38_143685_box_Incident_Summaries_101-172
Agency: Department of War
Page 80
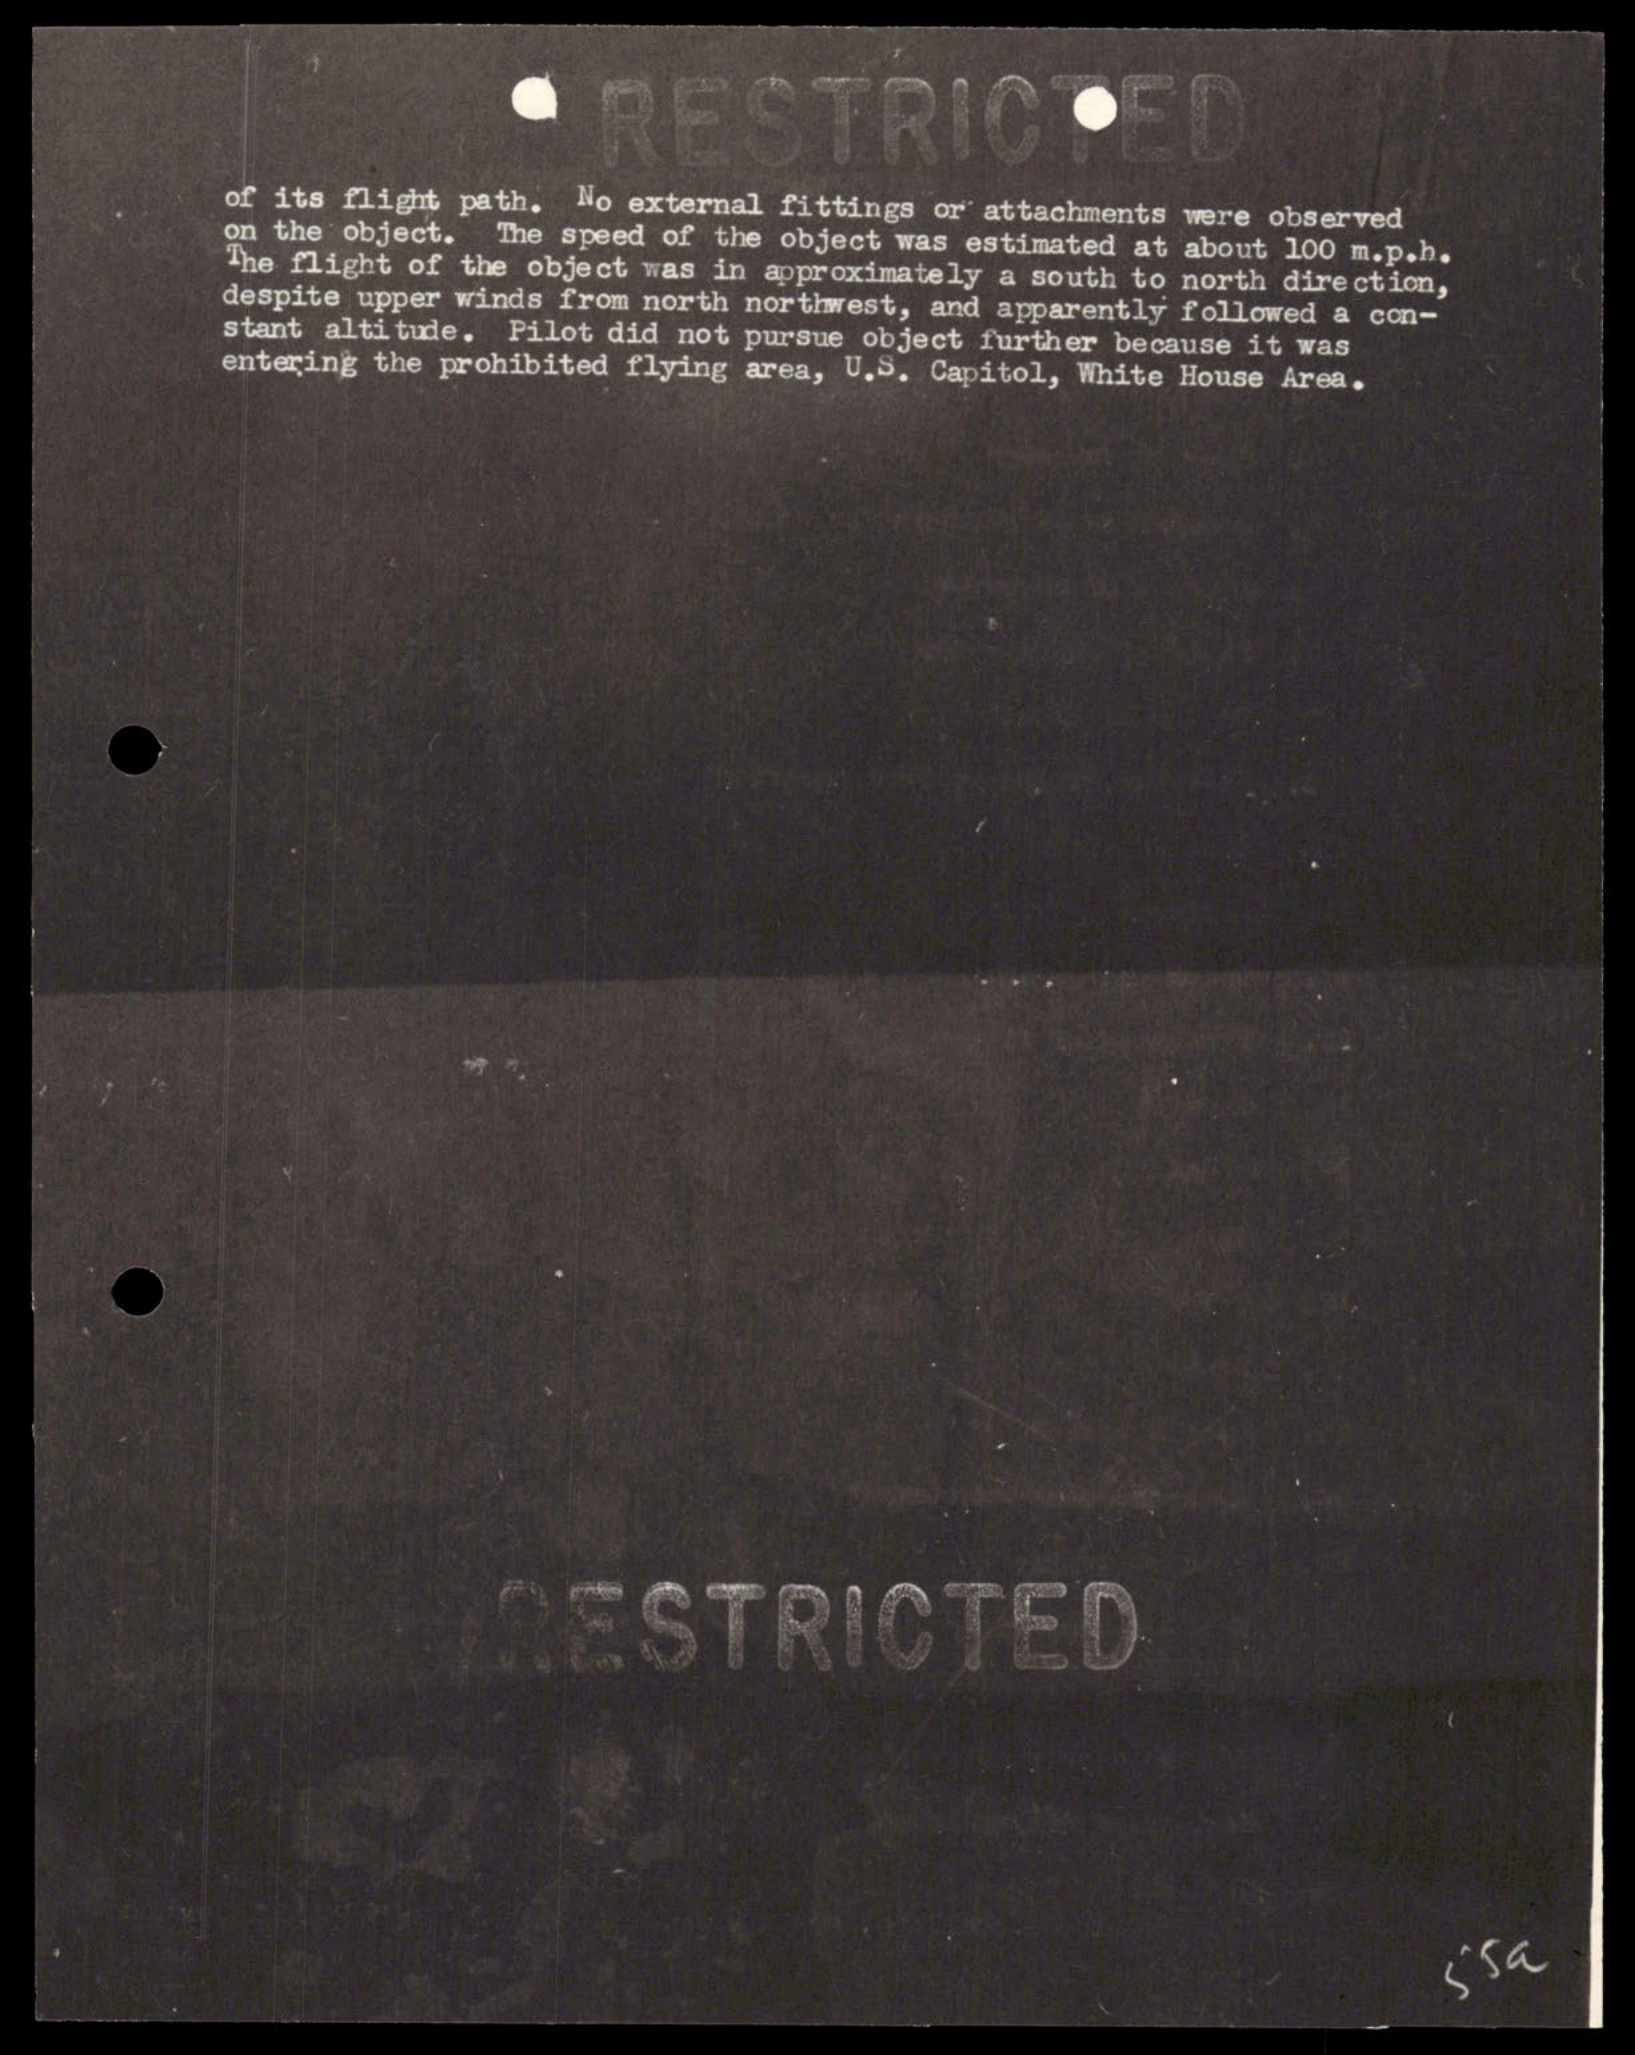